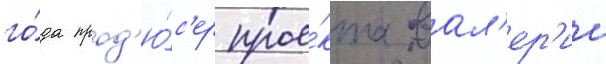
го́да прод'ю́с'ер прое́кта вал'ер'ии